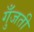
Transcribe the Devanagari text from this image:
गुँजती